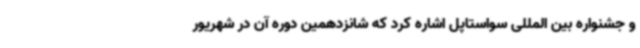
و جشنواره بین المللی سواستاپل اشاره کرد که شانزدهمین دوره آن در شهریور